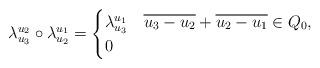
LaTeX: \begin{align*}\lambda_{u_3}^{u_2} \circ \lambda_{u_2}^{u_1}=\begin{cases}\lambda_{u_3}^{u_1}& \overline{u_3-u_2}+\overline{u_2-u_1}\in Q_0,\\0&\end{cases}\end{align*}